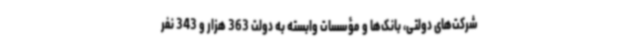
شرکت‌های دولتی، ‌بانک‌ها و مؤسسات وابسته به دولت 363‌ هزار و 343 نفر